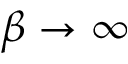
\beta \rightarrow \infty